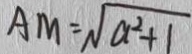
A M = \sqrt { a ^ { 2 } + 1 }